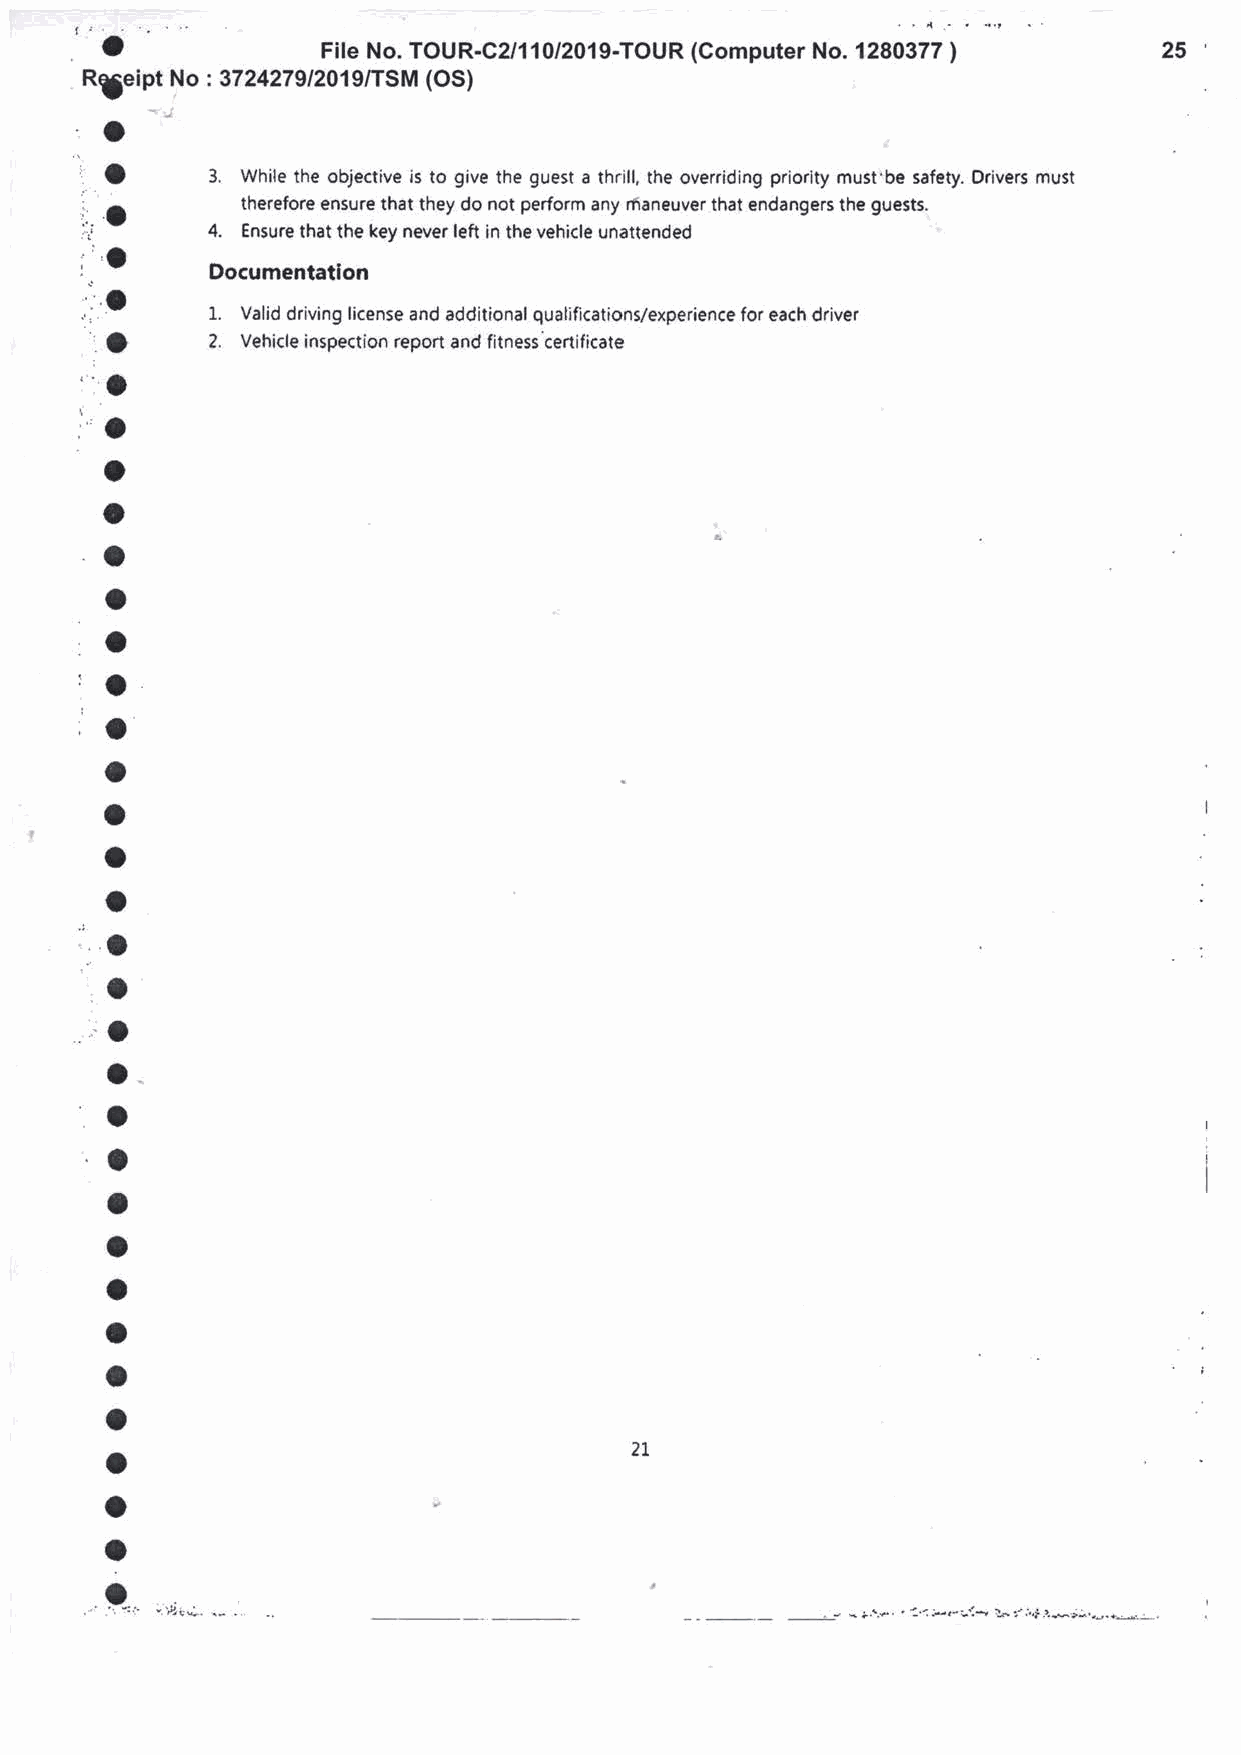
O             File No. TOUR.C2l 11OI2O1}-TOUR (Computer No. 1280377   25
 )
 RSeiRt No : 3724279/2019/TSM (OS)
 ,f
 io
 3.
 While the objective is to give the guest a thrill, the overriding priority must'be safety. Drivers must
 therefore ensure that they do not perform any maneuver that endangers the guests.
 r.. O    4.
 Ensure that the key never left in the vehicle unattended
 ;"o
 'o      Documentation
 L.
 Valid driving license and additional qualifications/experience for each driver
 .o      2.
 Vehicle inspection report and fitness certificate
 1:o
 'o
 o
 o
 o
 a
 o
 :o
 ;o
 a
 o
 o
 o
 ,o
 ,]
 ',O
 o
 ..:
 o
 o
 .O
 a
 o
 o
 o
 a
 o
 o                                  2t
 o
 a
 o
 . i. .'.. .: